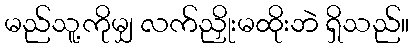
မည်သူ့ကိုမျှ လက်ညှိုးမထိုးဘဲ ရှိသည်။